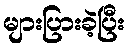
များပြားခဲ့ပြီး